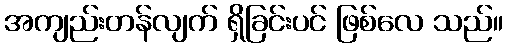
အကျည်းတန်လျက် ရှိခြင်းပင် ဖြစ်လေ သည်။